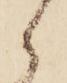
候